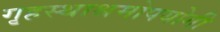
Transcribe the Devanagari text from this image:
गृहस्थाश्रमोपयोगी